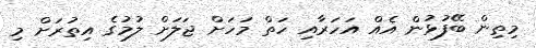
މިތިން ބޭފުޅުން އެއް އަހަރާއި ހަތް މަހަށް ޖަލަށް ލުމުގެ އިތުރަށް މި